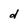
Character: d